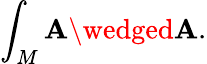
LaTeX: \int_{M}\mathbf{A}\wedged\mathbf{A}.